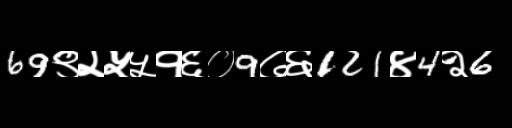
Text: 69९२५५१६०9७६121४4२6